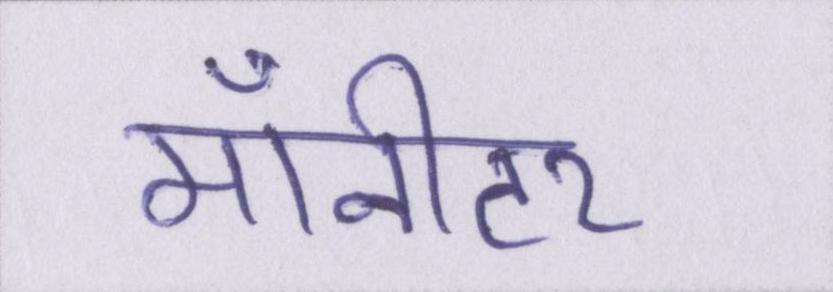
मॉनीटर